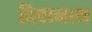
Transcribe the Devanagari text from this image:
दिवानाथ